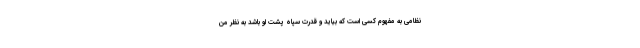
نظامی به مفهوم کسی است که بیاید و قدرت سپاه پشت او باشد به نظر من